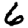
Digit: 6